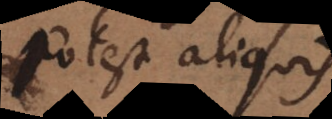
Potest aliquis